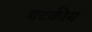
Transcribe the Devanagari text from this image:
घटकीय